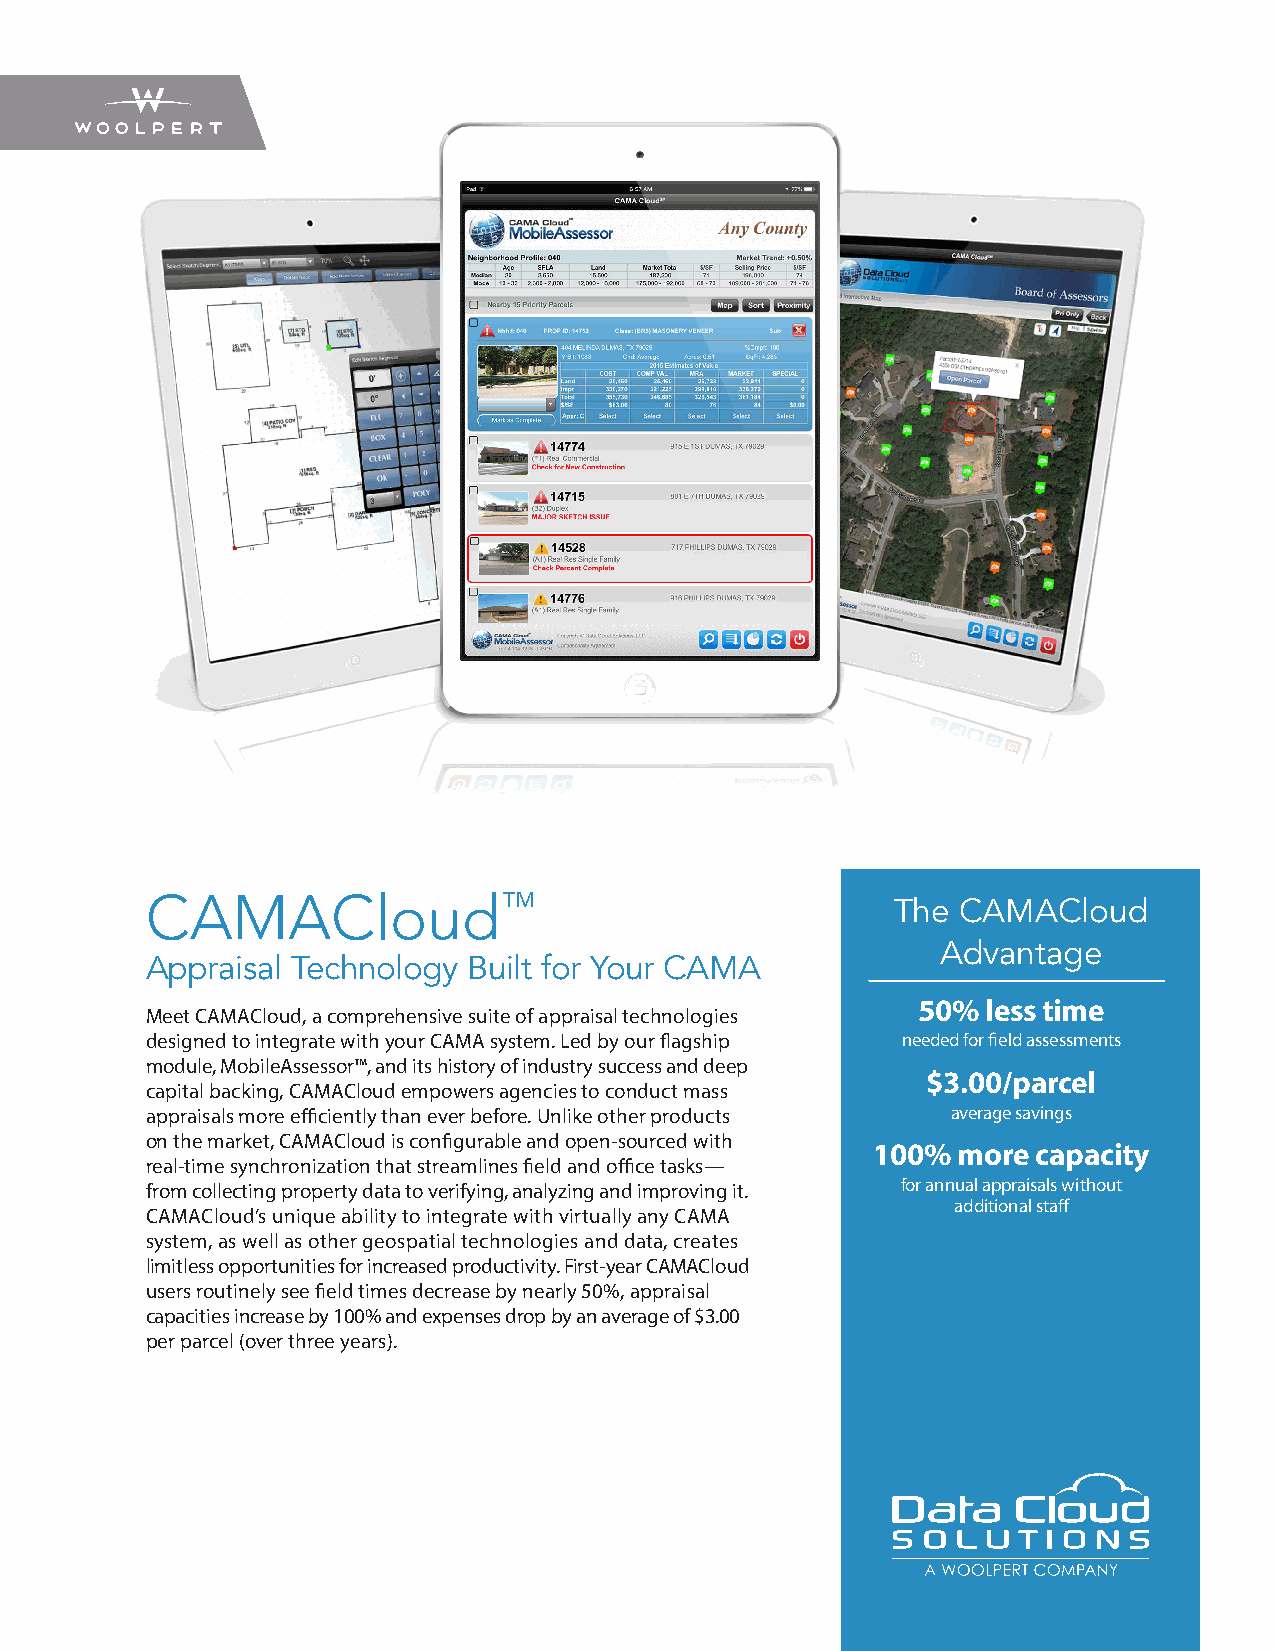
CAMACloud™
 The CAMACloud
 Advantage
 Appraisal Technology Built for Your CAMA
 50% less time
 Meet CAMACloud, a comprehensive suite of appraisal technologies
 designed to integrate with your CAMA system. Led by our flagship needed for field assessments
 module, MobileAssessor™, and its history of industry success and deep
 $3.00/parcel
 capital backing, CAMACloud empowers agencies to conduct mass
 appraisals more efficiently than ever before. Unlike other products average savings
 on the market, CAMACloud is configurable and open-sourced with
 100% more  capacity
 real-time synchronization that streamlines field and office tasks—
 from collecting property data to verifying, analyzing and improving it. for annual appraisals without
 additional staff
 CAMACloud’s unique ability to integrate with virtually any CAMA
 system, as well as other geospatial technologies and data, creates
 limitless opportunities for increased productivity. First-year CAMACloud
 users routinely see field times decrease by nearly 50%, appraisal
 capacities increase by 100% and expenses drop by an average of $3.00
 per parcel (over three years).